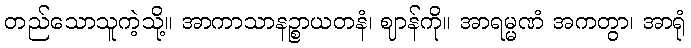
တည်သောသူကဲ့သို့။ အာကာသာနဉ္စာယတနံ၊ ဈာန်ကို။ အာရမ္မဏံ အကတွာ၊ အာရုံ